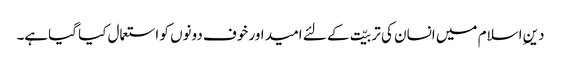
دینِ اسلام میں انسان کی تربیّت کے لئے امید اور خوف دونوں کو استعمال کیا گیاہے۔